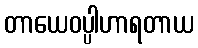
တာယေဝပ္ပါဟာရတာယ